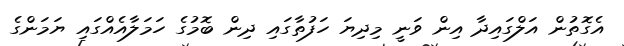
އެގޮތުން އަލްގައިދާ އިން ވަނީ މިދިޔަ ހަފުތާގައި ދިން ބޮމުގެ ހަމަލާއެއްގައި ޔަމަންގެ